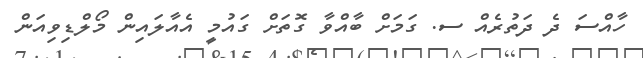
ހާއްސަ ދެ ދަތުރެއް ސ. ގަމަށް ބާއްވާ ގޮތަށް ގައުމީ އެއާލައިން މޯލްޑިވިއަން